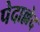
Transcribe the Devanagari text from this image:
पेदाल्लेद